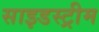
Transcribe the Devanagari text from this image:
साइडस्ट्रीम